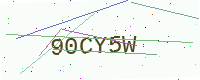
Text: 90CY5W